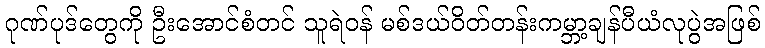
ဂုဏ်ပုဒ်တွေကို ဦးအောင်စံတင် သူရဲဝန် မစ်ဒယ်ဝိတ်တန်းကမ္ဘာ့ချန်ပီယံလုပွဲအဖြစ်